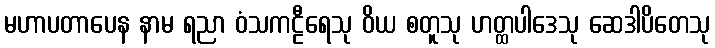
မဟာပတာပေန နာမ ရညာ ဝံသကဠီရေသု ဝိယ စတူသု ဟတ္ထပါဒေသု ဆေဒါပိတေသု